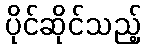
ပိုင်ဆိုင်သည့်